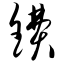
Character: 镄